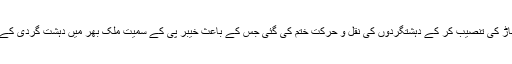
طورخم بارڈر کے قریبی علاقوں میں آہنی باڑ کی تنصیب کر کے دہشتگردوں کی نقل و حرکت ختم کی گئی جس کے باعث خیبر پی کے سمیت ملک بھر میں دہشت گردی کے واقعات میں ریکارڈ کمی دیکھنے میں آئی۔